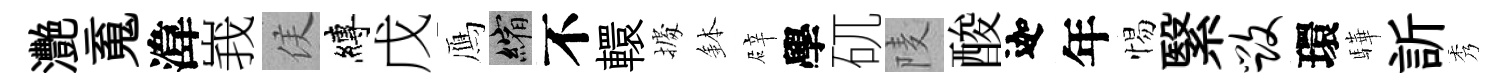
灧䰟湋峩侯縛戊鴈縮不轘𢴃鉢辟學矹𨹧酸迦年惕繄毁環驊訢秀